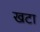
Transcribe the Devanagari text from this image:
खटा